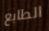
الطابع